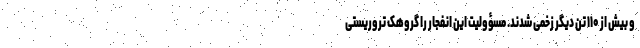
و بیش از ۱۱۰ تن دیگر زخمی شدند. مسؤولیت این انفجار را گروهک تروریستی